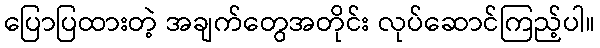
ပြောပြထားတဲ့ အချက်တွေအတိုင်း လုပ်ဆောင်ကြည့်ပါ။